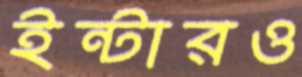
ইন্টারও